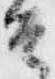
そ